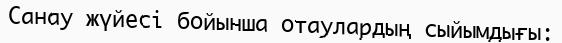
Санау жүйесі бойынша отаулардың сыйымдығы: